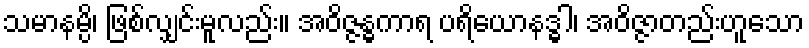
သမာနမ္ပိ၊ ဖြစ်လျှင်းမူလည်း။ အဝိဇ္ဇန္ဓကာရ ပရိယောနဒ္ဓါ၊ အဝိဇ္ဇာတည်းဟူသော